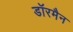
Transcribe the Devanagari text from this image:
डॉरमैन